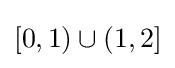
[0,1)\cup (1,2]